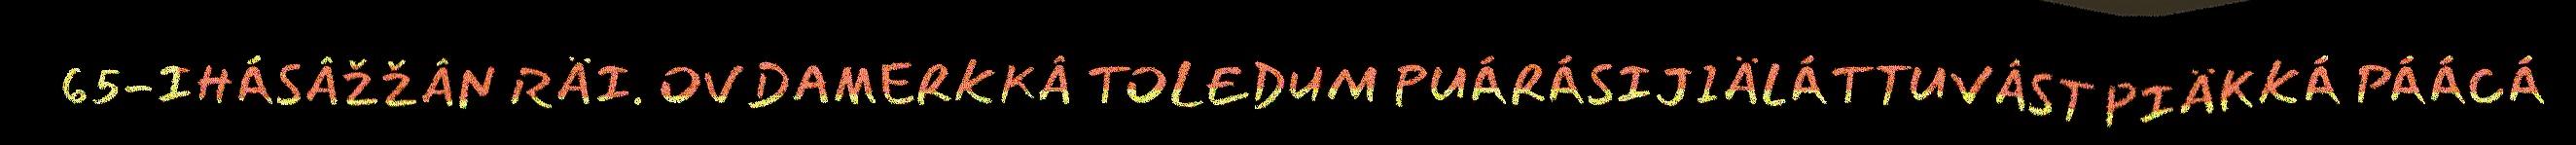
65-IHÁSÂŽŽÂN RÄI. OVDAMERKKÂ TOLEDUM PUÁRÁSIJIÄLÁTTUVÂST PIÄKKÁ PÁÁCÁ